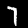
Digit: 7